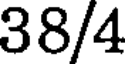
38/4